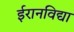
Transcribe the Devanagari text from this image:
ईरानविद्या